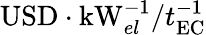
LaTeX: \mathrm{USD}\cdot\mathrm{kW}_{el}^{-1}/t_{\mathrm{EC}}^{-1}